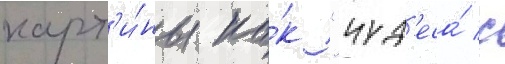
карт'и́ны ка́к "чуд'еса́ с